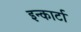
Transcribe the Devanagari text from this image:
इन्कार्टा